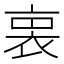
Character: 𧙬